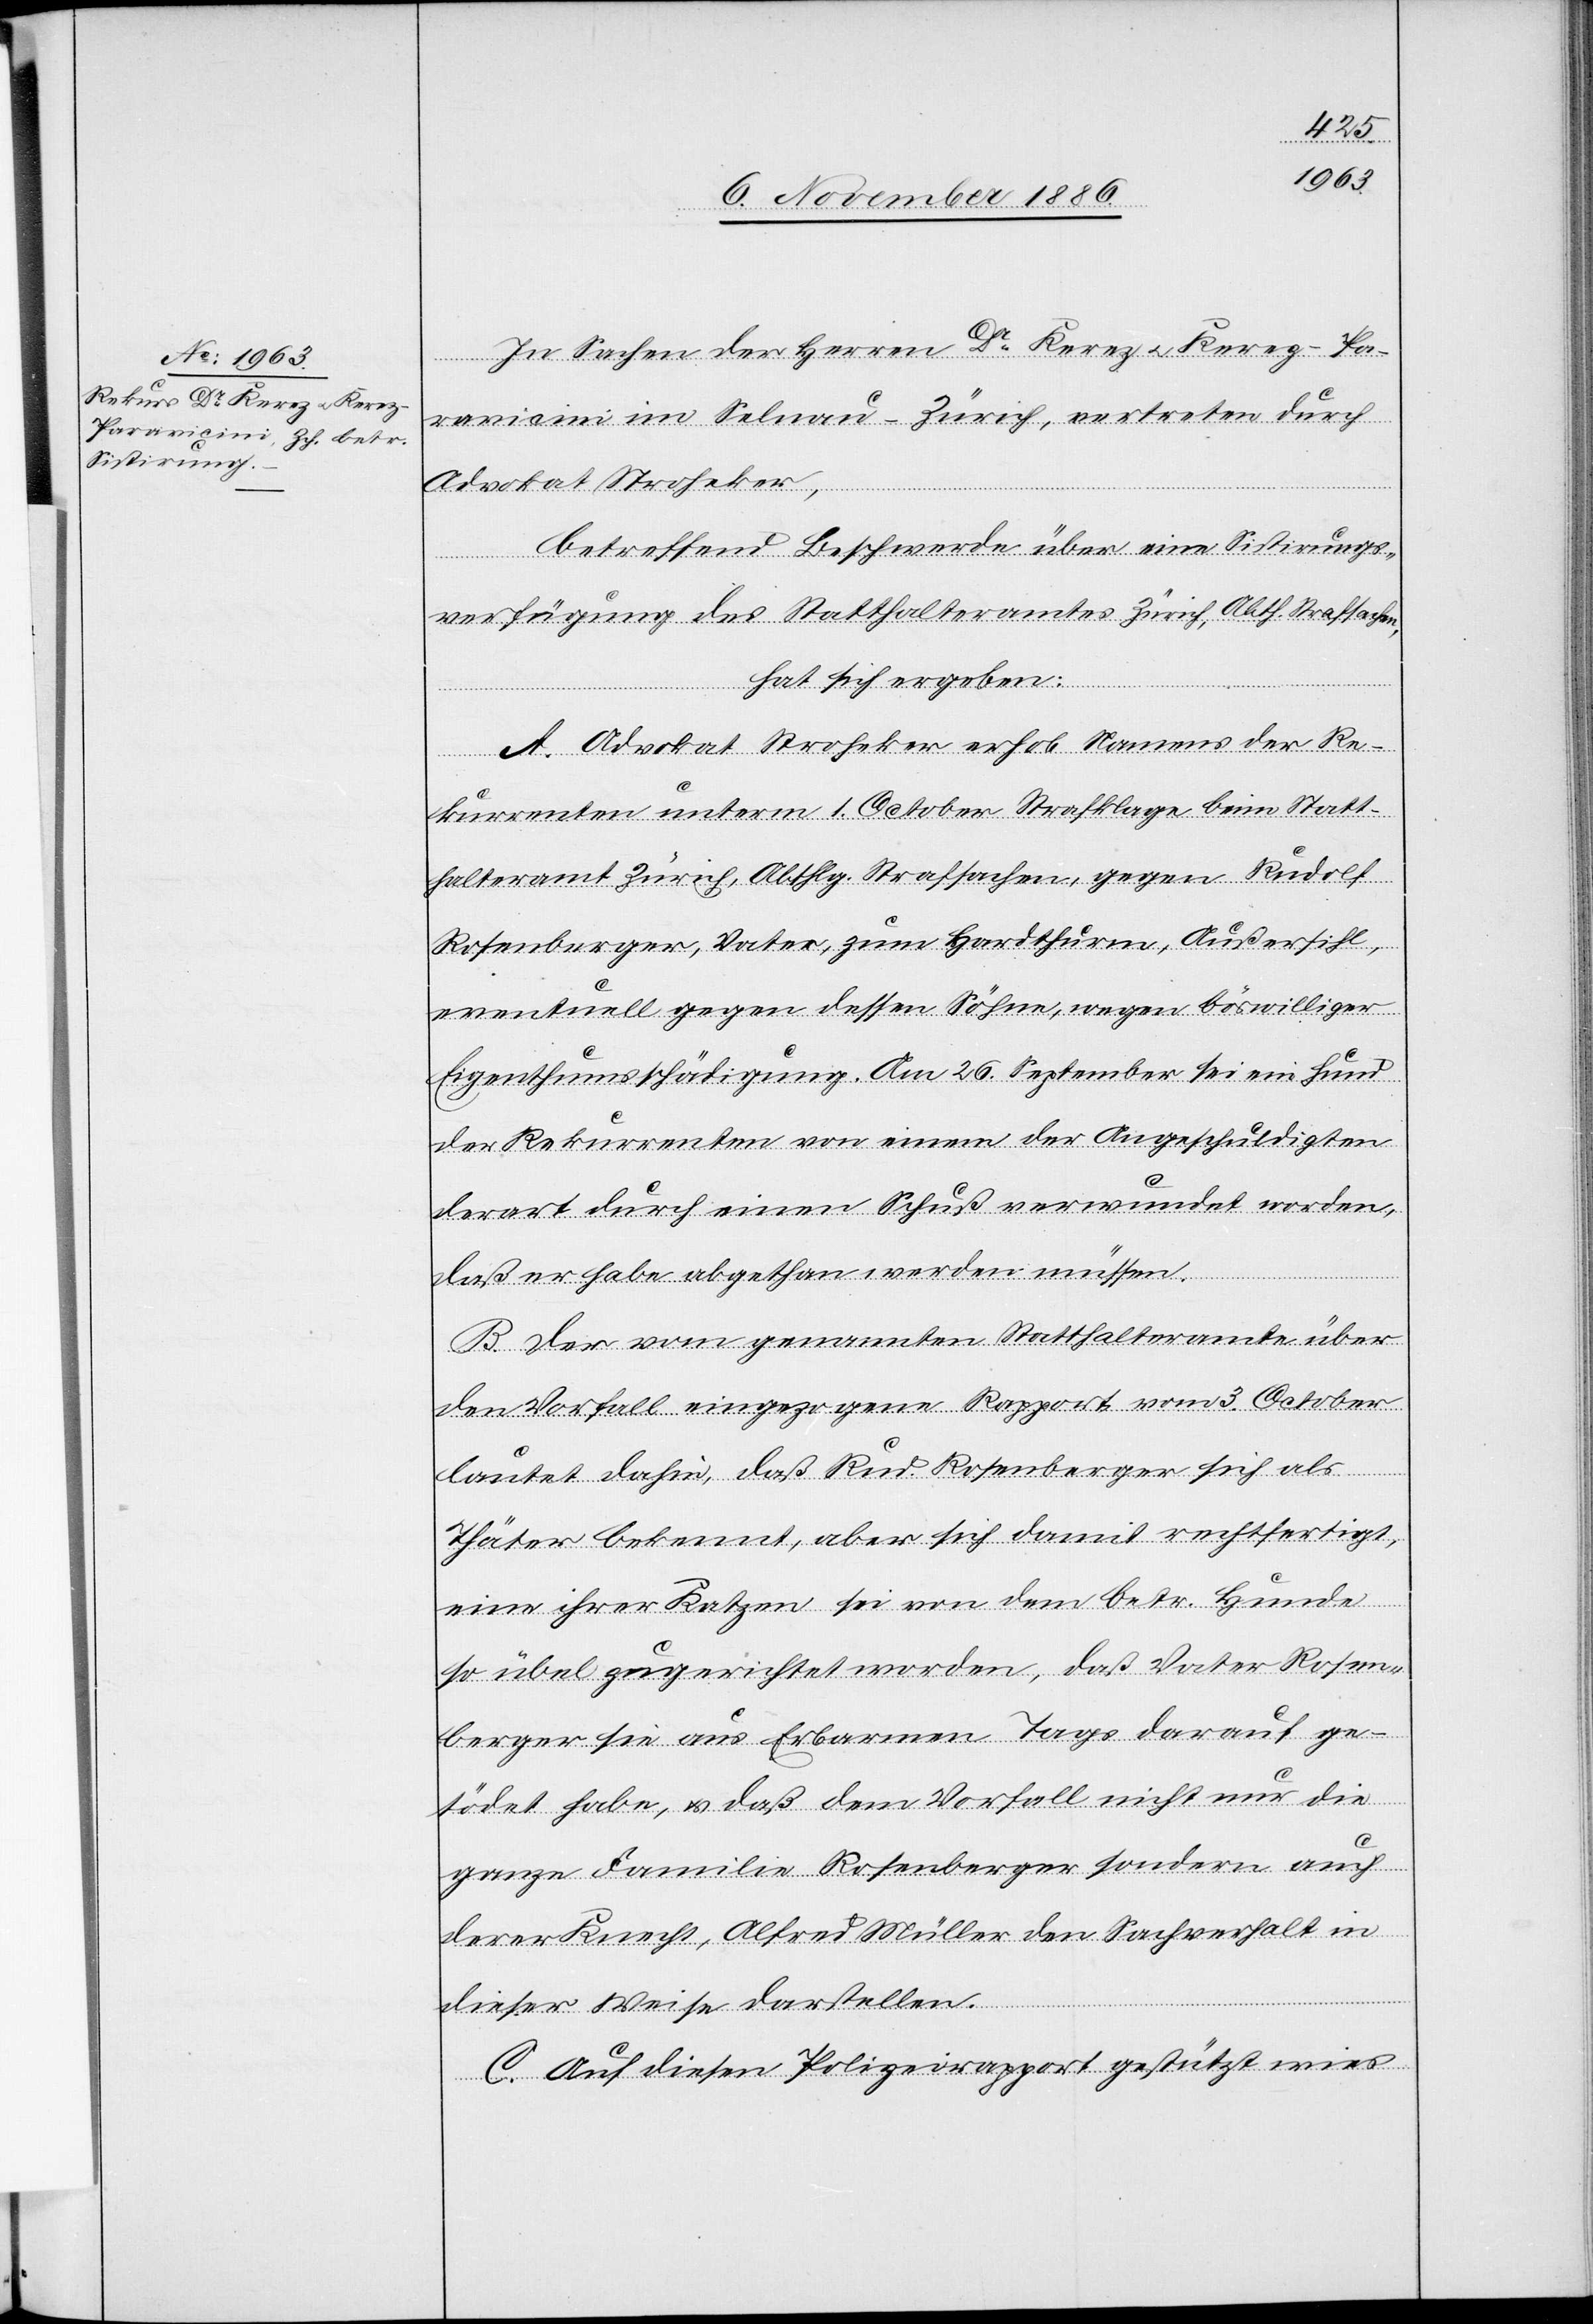
In Sachen der Herren Dr Kerez & Kerez-Pa¬
ravicini im Selnau - Zürich, vertreten durch
Advokat Stroheker,
betreffend Beschwerde über eine Sistirungs¬
verfügung des Statthalteramtes Zürich, Abth. Strafsachen,
hat sich ergeben:
A. Advokat Stroheker erhob Namens der Re¬
kurrenten unterm 1. October Strafklage beim Statt¬
halteramt Zürich, Abthlg. Strafsachen, gegen Rudolf
Rosenberger, Vater, zum Hardthurm, Außersihl,
eventuell gegen dessen Söhne, wegen böswilliger
Eigenthumsschädigung. Am 26. September sei ein Hund
der Rekurrenten von einem der Angeschuldigten
derart durch einen Schuß verwundet worden,
daß er habe abgethan werden müssen.
B. Der vom genannten Statthalteramte über
den Vorfall eingezogene Rapport vom 3. October
lautet dahin, daß Rud. Rosenberger sich als
Thäter bekennt, aber sich damit rechtfertigt,
eine ihrer Katzen sei von dem betr. Hunde
so übel zugerichtet worden, daß Vater Rosen¬
berger sie aus Erbarmen Tags darauf ge¬
tödet habe, & daß dem Vorfall nicht nur die
ganze Familie Rosenberger sondern auch
derer Knecht, Alfred Müller den Sachverhalt in
dieser Weise darstellen
C. Auf diesen Polizeirapport gestützt wies